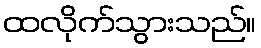
ထလိုက်သွားသည်။